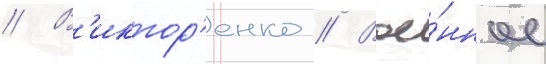
// В'иктор'енко // Вое́нное